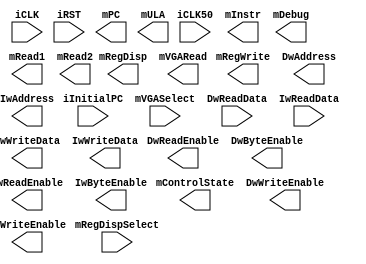
module CPU (
    input  wire        iCLK, iCLK50, iRST,
    input  wire [31:0] iInitialPC,
	 
    //sinais de monitoramento
	 output wire [31:0] mPC, 
	 output wire [31:0] mInstr,
	 output wire [31:0] mDebug,
    input  wire [4:0]  mRegDispSelect,
    output wire [31:0] mRegDisp,
    output wire [5:0]  mControlState,
    input  wire [4:0]  mVGASelect,
    output wire [31:0] mVGARead,
	 output wire [31:0] mRead1,
	 output wire [31:0] mRead2,
	 output wire [31:0] mRegWrite,
	 output wire [31:0] mULA,
	 
	 `ifdef RV32IMF
	 //output wire [31:0] mFPRead1,
	 //output wire [31:0] mFPRead2,
	 //output wire [31:0] mFPALUResult,
	 //output wire [31:0] mFPALUOrigA,
	 //output wire [31:0] mFPALUOrigB,
	 
	 `endif
	 
    //barramentos de dados
    output wire        DwReadEnable, DwWriteEnable,
    output wire [3:0]  DwByteEnable,
    output wire [31:0] DwAddress,
    output wire [31:0] DwWriteData,
    input  wire [31:0] DwReadData,

    // barramentos de instrucoes
    output wire        IwReadEnable, IwWriteEnable,
    output wire [3:0]  IwByteEnable,
	 output wire [31:0] IwAddress,
    output wire [31:0] IwWriteData,
    input  wire [31:0] IwReadData

    //interrupcoes
//    input wire [7:0]       iPendingInterrupt
);




/*************  UNICICLO *********************************/
`ifdef UNICICLO

assign mControlState    = 6'b000000;

Datapath_UNI Processor (
    .iCLK(iCLK),
    .iCLK50(iCLK50),
    .iRST(iRST),
    .iInitialPC(iInitialPC),

	 // Sinais de monitoramento
    .mPC(mPC),
    .mInstr(mInstr),
    .mDebug(mDebug),
    .mRegDispSelect(mRegDispSelect),
    .mRegDisp(mRegDisp),
    .mVGASelect(mVGASelect),
    .mVGARead(mVGARead),
	 .mRead1(mRead1),
	 .mRead2(mRead2),
	 .mRegWrite(mRegWrite),
	 .mULA(mULA),
	 
	 `ifdef RV32IMF
	 //.mFPRead1(mFPRead1),
	 //.mFPRead2(mFPRead2),
	 //.mFPALUResult(mFPALUResult),
	 //.mFPALUOrigA(mFPALUOrigA),
	 //.mFPALUOrigB(mFPALUOrigB),
	 `endif
	 
    // Barramento de dados
    .DwReadEnable(DwReadEnable), .DwWriteEnable(DwWriteEnable),
    .DwByteEnable(DwByteEnable),
    .DwWriteData(DwWriteData),
    .DwReadData(DwReadData),
    .DwAddress(DwAddress),
	 
    // Barramento de instrucoes
    .IwReadEnable(IwReadEnable), .IwWriteEnable(IwWriteEnable),
    .IwByteEnable(IwByteEnable),
    .IwWriteData(IwWriteData),
    .IwReadData(IwReadData),
    .IwAddress(IwAddress)
);
 `endif

 

/*************  MULTICICLO **********************************/

`ifdef MULTICICLO

assign IwReadEnable     = 1'b0;
assign IwWriteEnable    = 1'b0;
assign IwByteEnable     = 4'b0000;
assign IwWriteData      = 32'h00000000;
assign IwAddress        = 32'h00000000;

Datapath_MULTI Processor (
    .iCLK(iCLK),
    .iCLK50(iCLK50),
    .iRST(iRST),
    .iInitialPC(iInitialPC),

	 // Sinais de monitoramento
    .mPC(mPC),
    .mInstr(mInstr),
    .mDebug(mDebug),
    .mRegDispSelect(mRegDispSelect),
    .mRegDisp(mRegDisp),
    .mVGASelect(mVGASelect),
    .mVGARead(mVGARead),
    .mControlState(mControlState),
	 .mRead1(mRead1),
	 .mRead2(mRead2),
	 .mRegWrite(mRegWrite),
	 .mULA(mULA),
	 
    // Barramento
    .DwWriteEnable(DwWriteEnable), .DwReadEnable(DwReadEnable),
    .DwByteEnable(DwByteEnable),
    .DwWriteData(DwWriteData),
    .DwAddress(DwAddress),
    .DwReadData(DwReadData)
);
`endif





/*************  PIPELINE **********************************/
/*
`ifdef PIPELINE

assign wControlState    = 6'b111111;


Datapath_PIPEM Processor (
    .iCLK(iCLK),
    .iCLK50(iCLK50),
    .iRST(iRST),
    .iInitialPC(iInitialPC),

	  // Sinais de monitoramento
    .mPC(mPC),
    .mInstr(mInstr),
    .mDebug(mDebug),
    .mRegDispSelect(mRegDispSelect),
    .mRegDisp(mRegDisp),
    .mVGASelect(mVGASelect),
    .mVGARead(VGARead),
	 .mRead1(mRead1),
	 .mRead2(mRead2),
	 .mRegWrite(mRegWrite),
	 .mULA(mULA),
	 
    // Barramento de dados
    .DwMemRead(DwReadEnable), .DwMemWrite(DwWriteEnable),
    .DwByteEnable(DwByteEnable),
    .DwMemWriteData(DwWriteData),
    .DwMemReadData(DwReadData),
    .DwMemAddress(DwAddress),
	 
    // Barramento de instrucoes
    .IwMemRead(IwReadEnable), .IwMemWrite(IwWriteEnable),
    .IwByteEnable(IwByteEnable),
    .IwMemWriteData(IwWriteData),
    .IwMemReadData(IwReadData),
    .IwMemAddress(IwAddress)

);

`endif
*/

endmodule